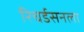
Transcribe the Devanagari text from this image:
रिचर्डसनला